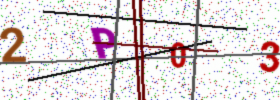
Text: 2P03